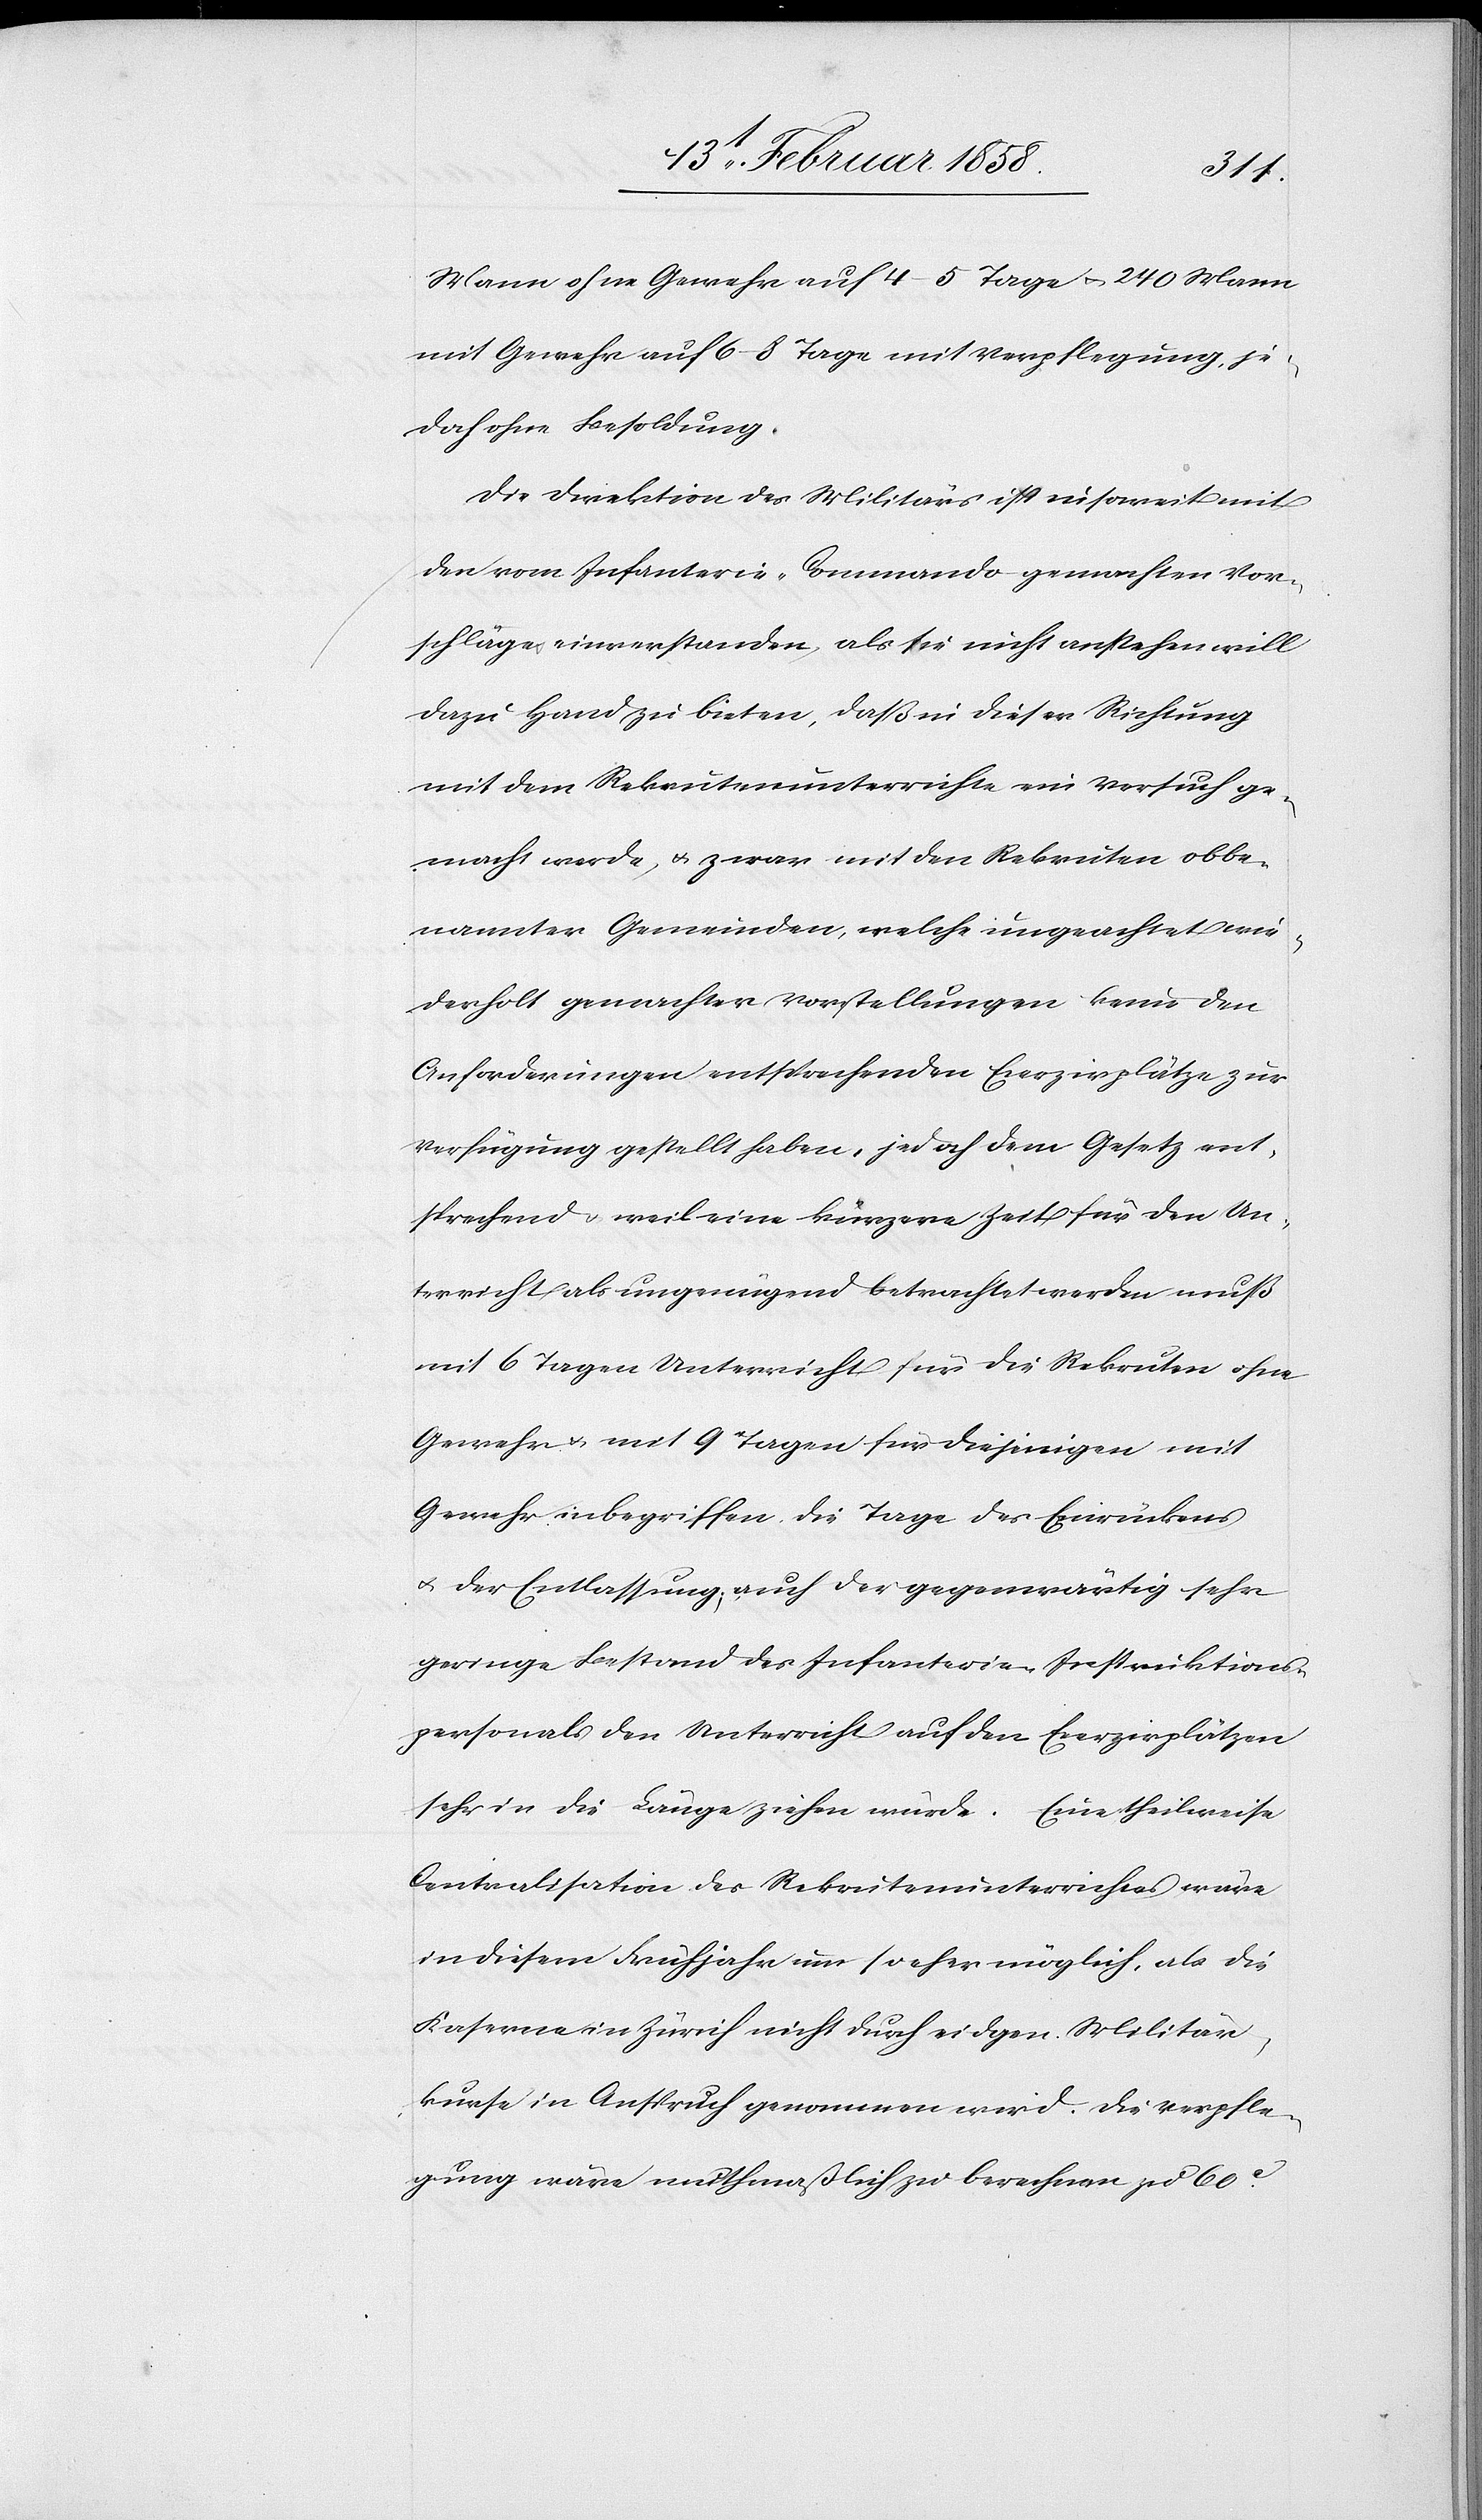
Mann ohne Gewehr auf 4–5 Tage u. 240 Mann
mit Gewehr auf 6–8 Tage mit Verpflegung, je¬
doch ohne Besoldung.
Die Direktion des Militärs ist insoweit mit
den vom Infanterie-Commando gemachten Vor¬
schlage einverstanden, als sie nicht anstehen will
dazu Hand zu bieten, daß in dieser Richtung
mit dem Rekrutenunterrichte ein Versuch ge¬
macht werde, u. zwar mit den Rekruten obbe¬
nannter Gemeinden, welche ungeachtet wie¬
derholt gemachter Vorstellungen [?keine] den
Anforderungen entsprechenden Ecerzirplätze zur
Verfügung gestellt haben, jedoch dem Gesetz ent¬
sprechend u. weil eine kürzere Zeit für den Un¬
terricht als ungenügend betrachtet werden muß
mit 6 Tagen Unterricht für die Rekruten ohne
Gewehr u. mit 9 Tagen für diejenigen mit
Gewehr inbegriffen die Tage des Einrückens
u. der Entlassung; auch der gegenwärtig sehr
geringe Bestand des Infanterie-Instruktions¬
personals den Unterricht auf den Ecerzirplätzen
sehr in die Länge ziehen würde. Eine theilweise
Centralisation des Rekrutenunterrichtes wäre
in diesem Frühjahr um so eher möglich, als die
Kaserne in Zürich nicht durch eidgen. Militär¬
kurse in Anspruch genommen wird. Die Verpfle¬
gung wäre muthmaßlich zu berechnen zu 60